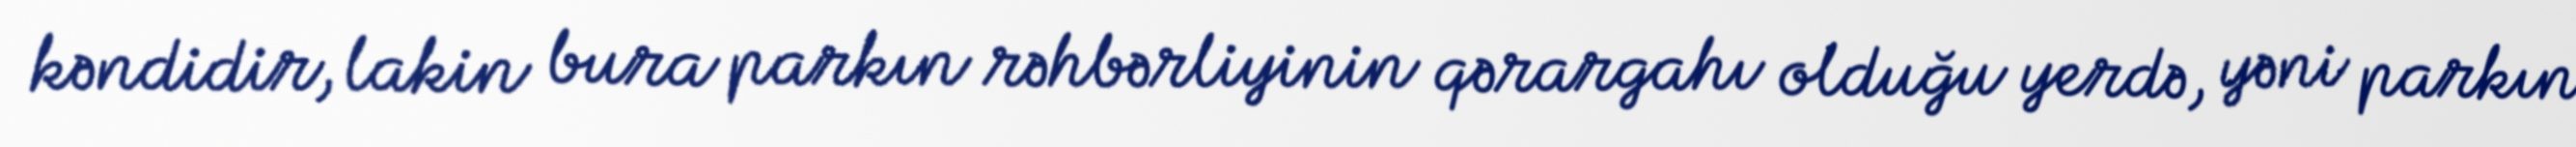
kəndidir, lakin bura parkın rəhbərliyinin qərargahı olduğu yerdə, yəni parkın